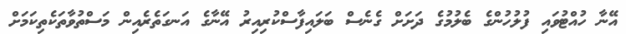
އޭނާ ހުއްޓުވައި ފުލުހުންގެ ބެލުމުގެ ދަށަށް ގެނެސް ބަލައިފާސްކުރިއިރު އޭނާގެ އަނގަތެރެއިން މަސްތުވާތަކެތިކަމަށް